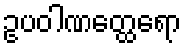
ဥပဝါဏတ္ထေရော